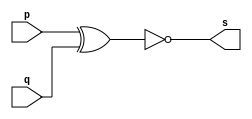
// Exemplo0008 - XNOR
// Nome: Gustavo Jota Resende 
// ------------------------- 
// ------------------------- 
// -- xnor gate 
// ------------------------- 
module xnorgate ( output s, 
input p, q); 
assign s = ~(p ^ q); 
endmodule //x norgate 
// --------------------- 
// -- test xnor gate 
// --------------------- 
module testxnorgate; 
// ------------------------- dados locais 
reg a, b; // definir registradores 
wire s; // definir conexao (fio) 
// ------------------------- instancia 
xnorgate XNOR1 (s, a, b); 
// ------------------------- preparacao 
initial begin:start 
a=0; b=0; 
end 
// ------------------------- parte principal 
initial begin 
$display("Exemplo0008 - Gustavo Jota Resende - 427413"); 
$display("Test XNOR gate"); 
$display("\na & b = s\n"); 
a=0; b=0; 
#1 $display("%b & %b = %b", a, b, s); 
a=0; b=1; 
#1 $display("%b & %b = %b", a, b, s); 
a=1; b=0; 
#1 $display("%b & %b = %b", a, b, s); 
a=1; b=1; 
#1 $display("%b & %b = %b", a, b, s); 
end 
endmodule // testxnorgate 

// 0.1 03/08 esboco 
// 
// ---------------------------------------------- testes 

// 
// Versao Teste 
// 0.1 01. ( OK ) identificacao de programa 
// Resultados: 0=0, 1=1, 0=0
// 0.1 02. ( OK ) identificacao de programa 
// Resultados: ~0=1, ~1=0 
// 0.1 03. ( OK ) identificacao de programa 
// Resultados: 0 & 0 = 0,  0&1=0, 1&0=0, 1&1=1 
// 0.1 04. ( OK ) identificacao de programa 
// Resultados: 0 & 0 = 0, 0&1=1, 1&0=1, 1&1=1 
// 0.1 05. ( OK ) identificacao de programa 
// Resultados: 0011 ^ 0101 = 0110 , 0000 ^ 0000 = 0000, 0010 ^ 0001 = 0011, 0001 ^ 0011 = 0010, 0101 ^ 0010 = 0111, 1010 ^ 0011 = 1001, 1001 ^ 0011 = 1010
// 0.1 06. ( OK ) identificacao de programa 
// Resultados:  0 & 0 = 1, 0 & 1 = 1, 1 & 0 = 1, 1 & 1 = 0
// 0.1 07. ( OK ) identificacao de programa 
// Resultados:  0 & 0 = 1, 0 & 1 = 0, 1 & 0 = 0, 1 & 1 = 0
// 0.1 08. ( OK ) identificacao de programa 
// Resultados:  0 & 0 = 1, 0 & 1 = 0, 1 & 0 = 0, 1 & 1 = 1